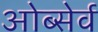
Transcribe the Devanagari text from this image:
ओब्सेर्व